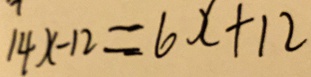
1 4 x - 1 2 = 6 x + 1 2